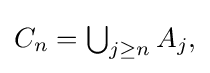
{\textstyle C_{n}=\bigcup _{j\geq n}A_{j},}